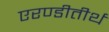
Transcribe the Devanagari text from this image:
एरण्डीतीर्थ